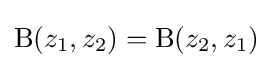
\mathrm {B} (z_{1},z_{2})=\mathrm {B} (z_{2},z_{1})